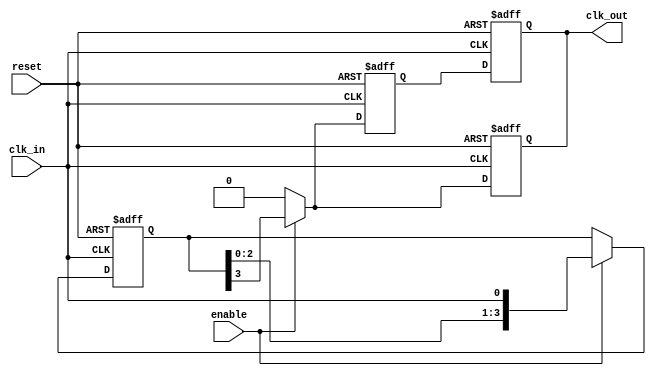
module skew_optimized_clock_buffer (
    input wire clk_in,        // Input clock signal
    output reg clk_out,      // Buffered output clock signal
    input wire enable,       // Enable signal for the clock buffer
    input wire reset         // Asynchronous reset signal
);

    // Parameters for delay control
    parameter DELAY_STAGES = 4; // Number of delay stages
    parameter DELAY_VALUE = 2;   // Delay value for each stage (in simulation units)

    // Internal signals
    reg [DELAY_STAGES-1:0] delay_line; // Delay line for skew optimization
    reg [DELAY_STAGES-1:0] clk_out_temp; // Temporary output for buffered clock

    // Asynchronous reset and enable logic
    always @(posedge clk_in or posedge reset) begin
        if (reset) begin
            clk_out <= 1'b0; // Reset output clock
            delay_line <= 0;  // Reset delay line
        end else if (enable) begin
            // Shift the clock signal through the delay line
            delay_line <= {delay_line[DELAY_STAGES-2:0], clk_in};
            clk_out <= delay_line[DELAY_STAGES-1]; // Output the last stage of the delay line
        end else begin
            clk_out <= 1'b0; // Disable output clock when not enabled
        end
    end

    // Clock gating to minimize power consumption
    always @(posedge clk_in or posedge reset) begin
        if (reset) begin
            clk_out_temp <= 0; // Reset temporary output
        end else if (enable) begin
            clk_out_temp <= delay_line[DELAY_STAGES-1]; // Capture the delayed clock
        end else begin
            clk_out_temp <= 0; // Disable temporary output
        end
    end

    // Final output assignment
    always @(posedge clk_in or posedge reset) begin
        if (reset) begin
            clk_out <= 0; // Reset output clock
        end else begin
            clk_out <= clk_out_temp; // Assign the gated clock to output
        end
    end

endmodule